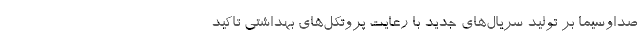
صداوسیما بر تولید سریال‌های جدید با رعایت پروتکل‌های بهداشتی تاکید